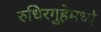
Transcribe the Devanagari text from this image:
रुधिरगुहेमध्ये